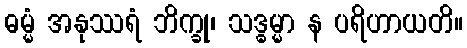
ဓမ္မံ အနုဿရံ ဘိက္ခု၊ သဒ္ဓမ္မာ န ပရိဟာယတိ။